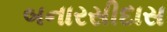
બનારસીદાસ